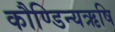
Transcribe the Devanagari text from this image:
कौण्डिन्यऋषि